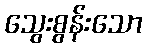
သွေးစွန်းသော